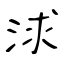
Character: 浗